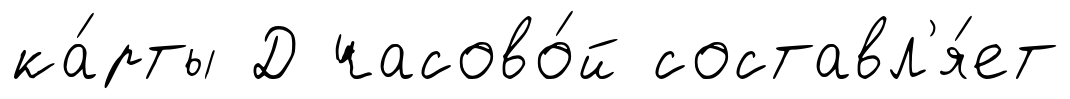
ка́рты Д часово́й составл'я́ет